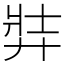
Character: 弉